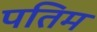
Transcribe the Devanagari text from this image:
पतिम